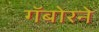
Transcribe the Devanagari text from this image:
गॅबोरने